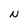
Character: N